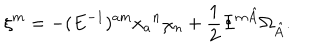
LaTeX: \xi ^ { m } = - ( E ^ { - 1 } ) ^ { a m } x _ { a } { } ^ { n } \chi _ { n } + \frac { 1 } { 2 } \Phi ^ { m \hat { A } } \Omega _ { \hat { A } } .